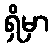
ရှိမှာ